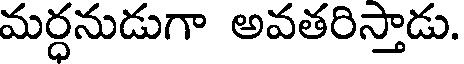
మర్ధనుడుగా అవతరిస్తాడు.